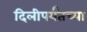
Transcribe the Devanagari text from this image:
दिलीपर्यंतच्या